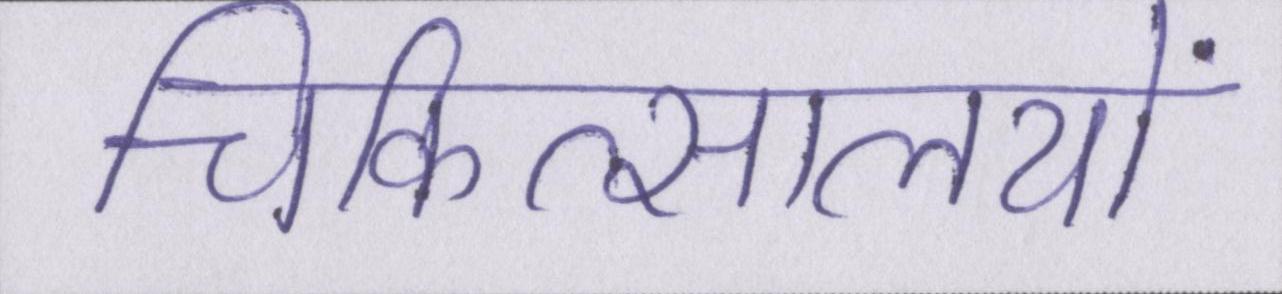
चिकित्सालयों